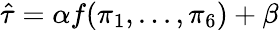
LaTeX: \hat{\tau}=\alpha f(\pi_{1},...,\pi_{6})+\beta